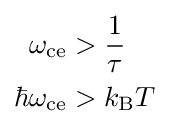
{\begin{aligned}\omega _{\text{ce}}&>{\frac {1}{\tau }}\\\hbar {\omega }_{\text{ce}}&>k_{\text{B}}T\\\end{aligned}}